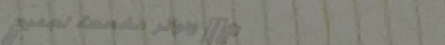
توريנג ودوائر مخصصة لجميع